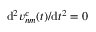
{ \mathrm { d } ^ { 2 } } v _ { n m } ^ { c } ( t ) / { \mathrm { d } t ^ { 2 } } = 0